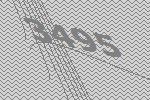
3495